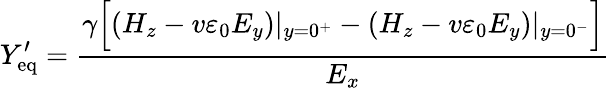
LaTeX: Y_{\mathrm{eq}}^{\prime}=\frac{\gamma\Big[(H_{z}-v\varepsilon_{0}E_{y})|_{y=0^{+}}-(H_{z}-v\varepsilon_{0}E_{y})|_{y=0^{-}}\Big]}{E_{x}}